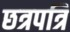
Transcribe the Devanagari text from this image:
छत्रपत्रि